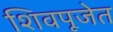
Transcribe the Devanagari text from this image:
शिवपूजेत